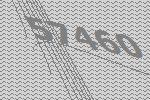
57460